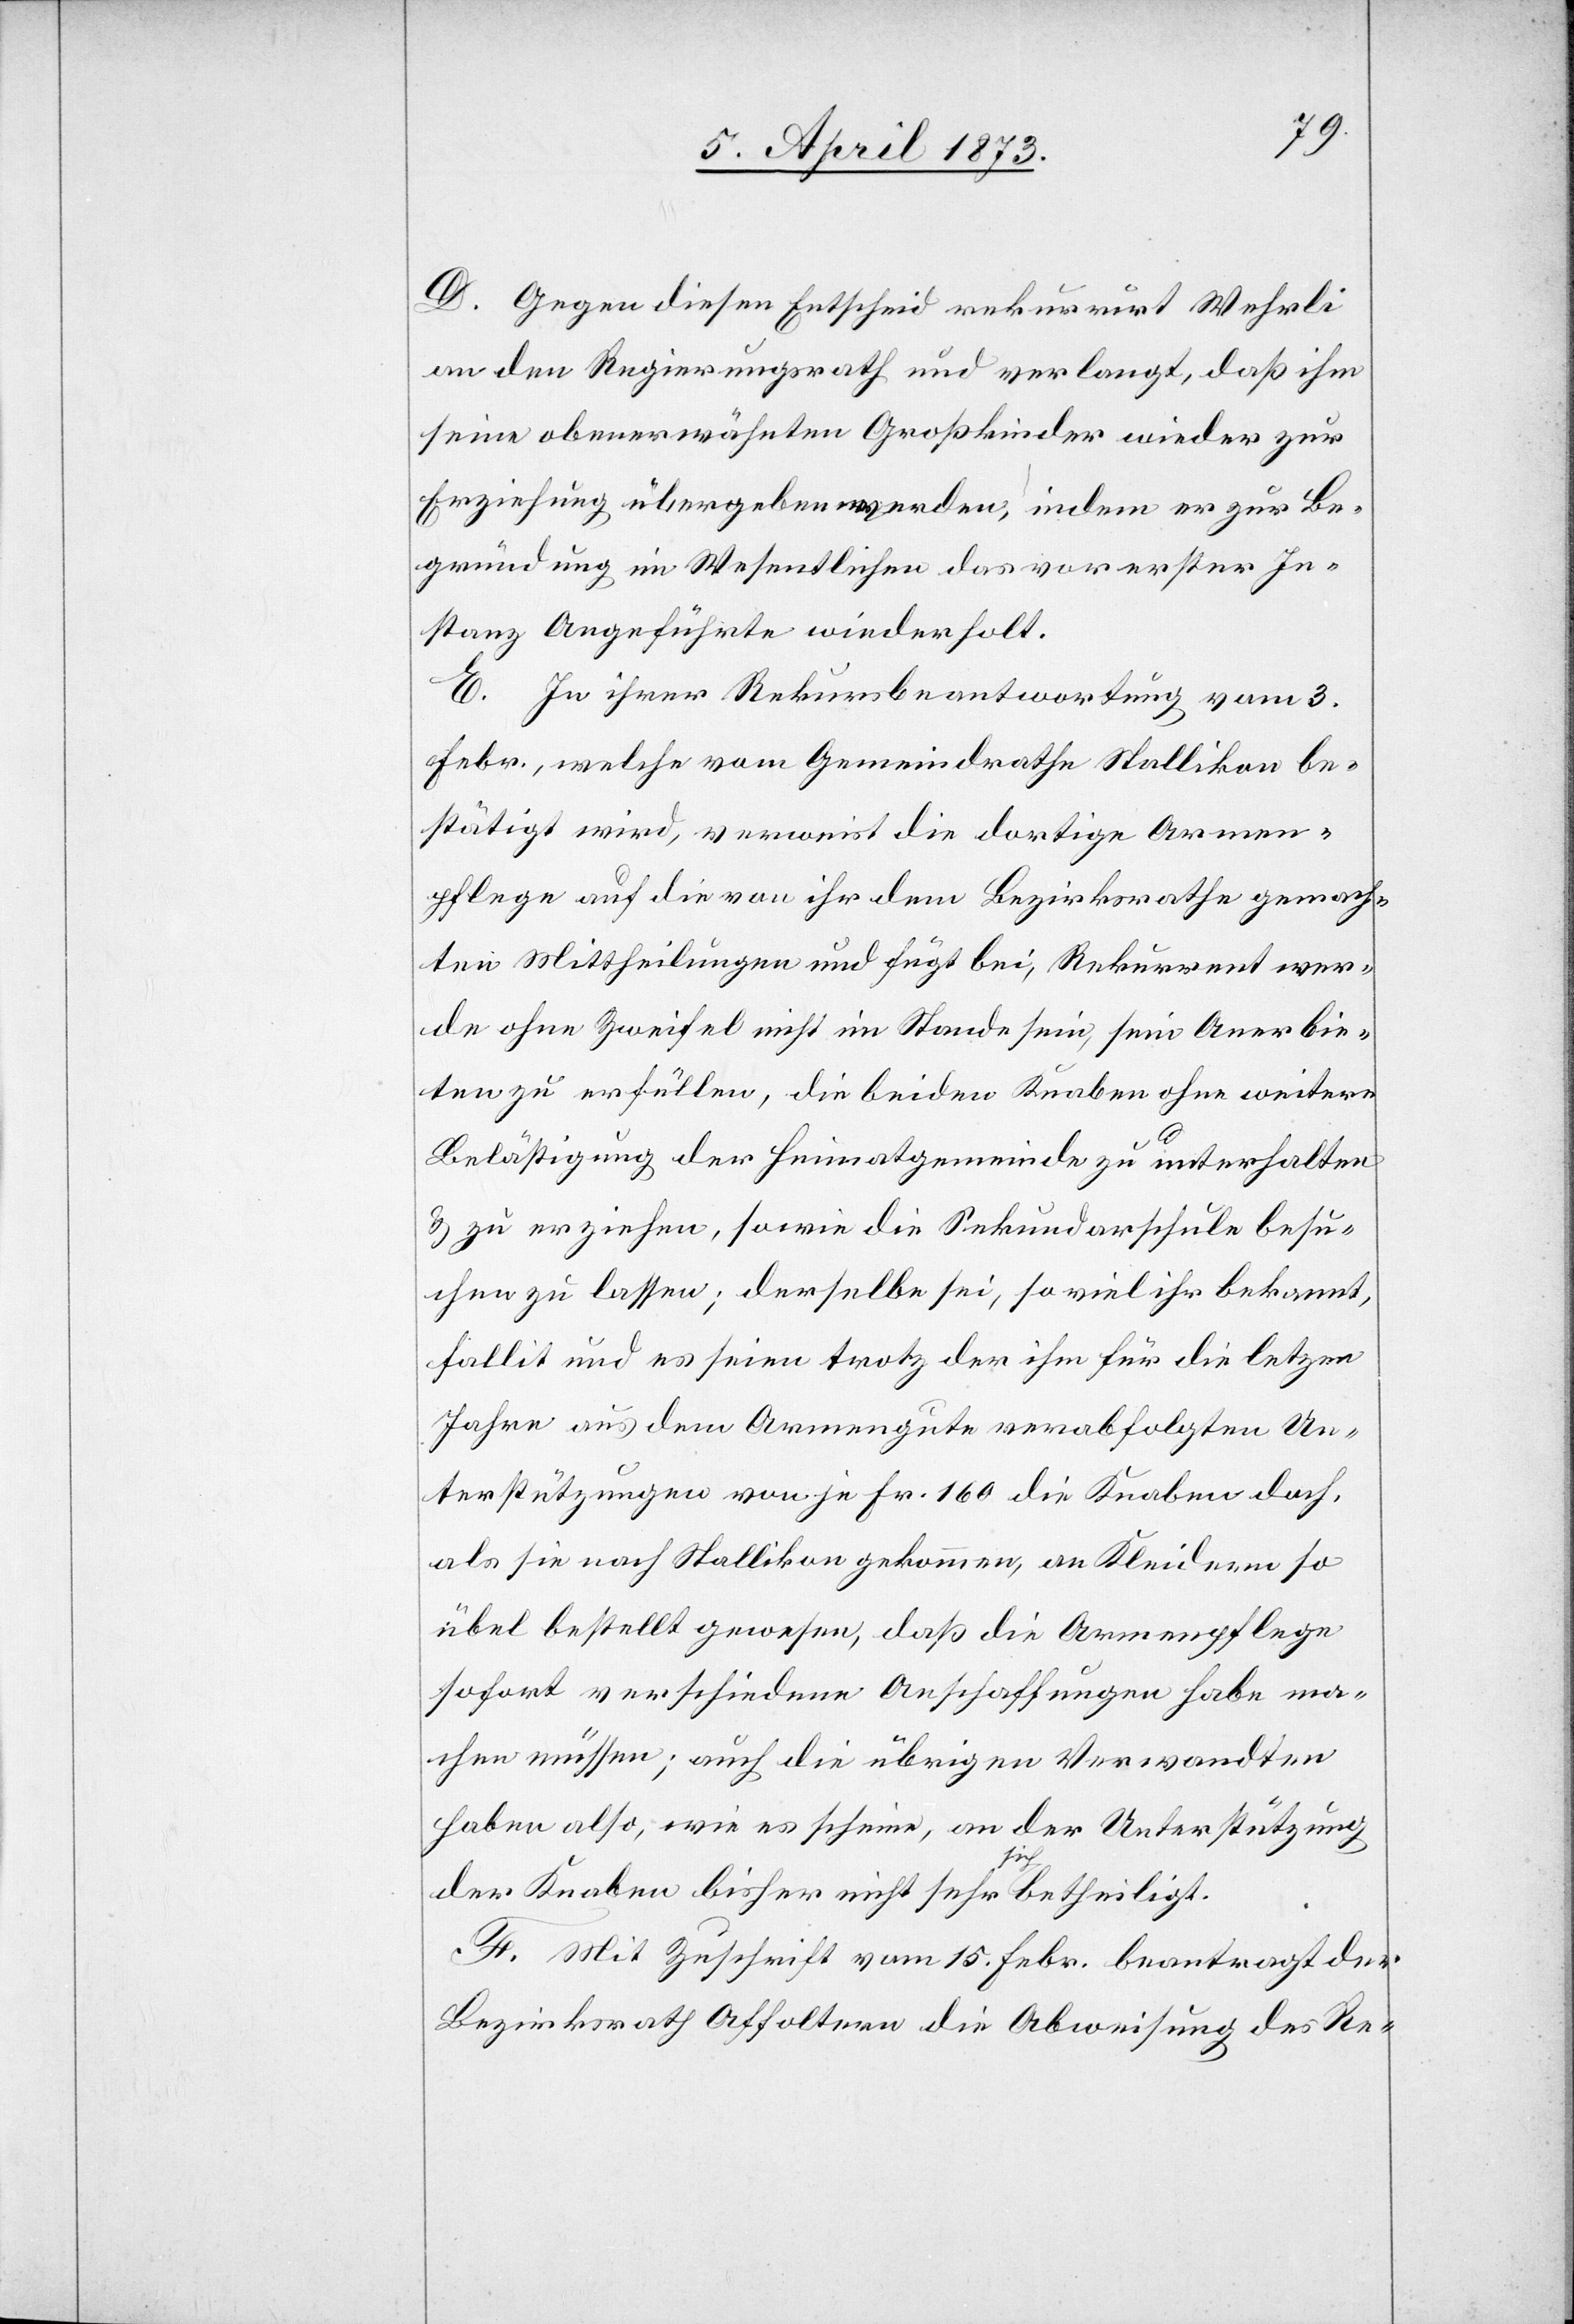
D. Gegen diesen Entscheid rekurrirt Wehrli
an den Regierungsrath und verlangt, daß ihm
seine obenerwähnten Großkinder wieder zur
Erziehung übergeben werden, indem er zur Be¬
gründung im Wesentlichen das vor erster In¬
stanz Angeführte wiederholt.
E. In ihrer Rekursbeantwortung vom 3.
Febr., welche vom Gemeindrathe Stallikon be¬
stätigt wird, verweist die dortige Armen¬
pflege auf die von ihr dem Bezirksrathe gemach¬
ten Mittheilungen und fügt bei, Rekurrent wer¬
de ohne Zweifel nicht im Stande sein, sein Anerbie¬
ten zu erfüllen, die beiden Knaben ohne weitere
Belästigung der Heimatgemeinde zu unterhalten
& zu erziehen, sowie die Sekundarschule besu¬
chen zu lassen; derselbe sei, so viel ihr bekannt,
fallit und es seien trotz der ihm für die letz[t]en
Jahre aus dem Armengute verabfolgten Un¬
terstützungen von je Fr. 160 die Knaben doch,
als sie nach Stallikon gekommen, an Kleidern so
übel bestellt gewesen, daß die Armenpflege
sofort verschiedene Anschaffungen habe ma¬
chen müssen; auch die übrigen Verwandten
haben also, wie es scheine, an der Unterstützung
der Knaben bisher nicht sehr sich betheiligt.
F. Mit Zuschrift vom 15. Febr. beantragt der
Bezirksrath Affoltern die Abweisung des Re-